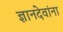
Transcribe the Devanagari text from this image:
ज्ञानदेवांना